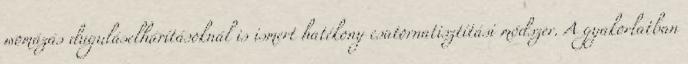
womázás duguláselhárításoknál is ismert hatékony csatornatisztítási módszer. A gyakorlatban